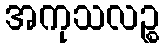
အကုသလဉ္စ